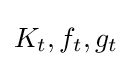
{\textstyle K_{t},f_{t},g_{t}}